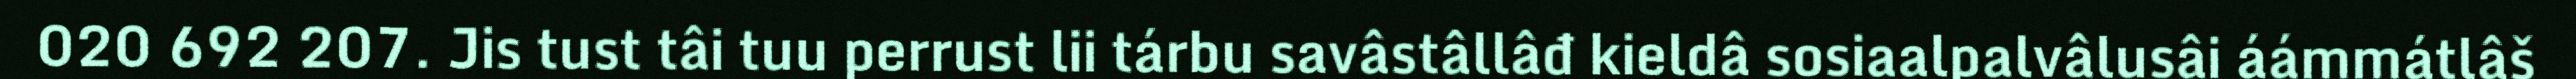
020 692 207. Jis tust tâi tuu perrust lii tárbu savâstâllâđ kieldâ sosiaalpalvâlusâi áámmátlâš